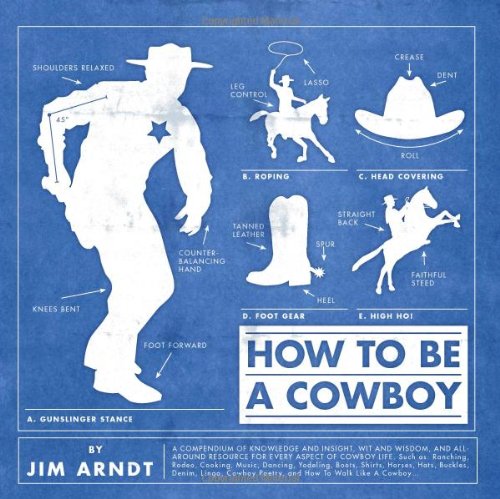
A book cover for How to Be a Cowboy; Politics & Social Sciences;